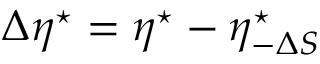
\Delta \eta ^ { \star } = \eta ^ { \star } - \eta _ { - \Delta S } ^ { \star }